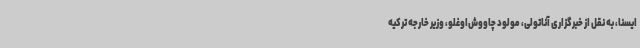
ایسنا، به نقل از خبرگزاری آناتولی، مولود چاووش‌اوغلو، وزیر خارجه ترکیه